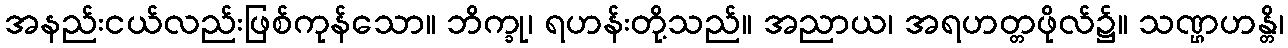
အနည်းငယ်လည်းဖြစ်ကုန်သော။ ဘိက္ခု၊ ရဟန်းတို့သည်။ အညာယ၊ အရဟတ္တဖိုလ်၌။ သဏ္ဌဟန္တိ၊